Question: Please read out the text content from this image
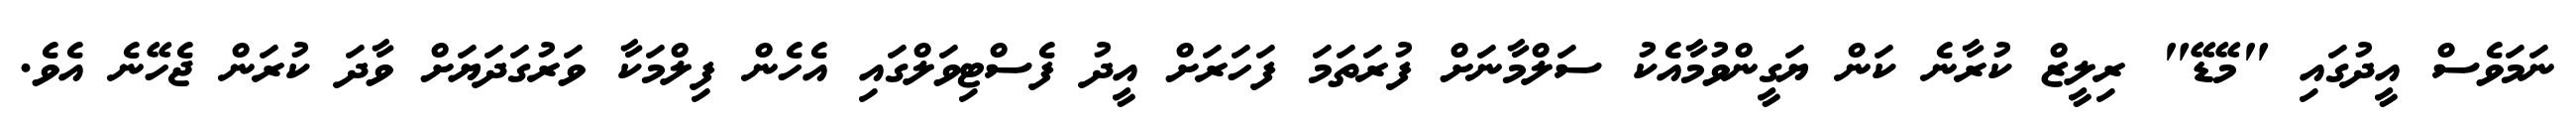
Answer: ނަމަވެސް އީދުގައި "މޭޑޭ" ރިލީޒް ކުރާނެ ކަން ޔަގީންވުމާއެކު ސަލްމާނަށް ފުރަތަމަ ފަހަރަށް އީދު ފެސްޓިވަލްގައި އެހެން ފިލްމަކާ ވަރުގަދަޔަށް ވާދަ ކުރަން ޖެހޭނެ އެވެ.